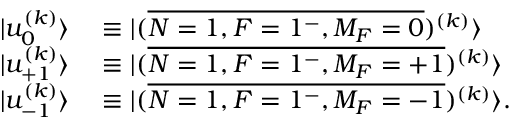
\begin{array} { r l } { | u _ { 0 } ^ { ( k ) } \rangle } & { { } \equiv | ( \overline { { N = 1 , F = 1 ^ { - } , M _ { F } = 0 } } ) ^ { ( k ) } \rangle } \\ { | u _ { + 1 } ^ { ( k ) } \rangle } & { { } \equiv | ( \overline { { N = 1 , F = 1 ^ { - } , M _ { F } = + 1 } } ) ^ { ( k ) } \rangle } \\ { | u _ { - 1 } ^ { ( k ) } \rangle } & { { } \equiv | ( \overline { { N = 1 , F = 1 ^ { - } , M _ { F } = - 1 } } ) ^ { ( k ) } \rangle . } \end{array}